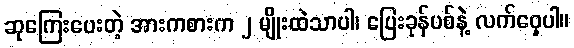
ဆုကြေးပေးတဲ့ အားကစားက ၂ မျိုးထဲသာပါ၊ ပြေးခုန်ပစ်နဲ့ လက်ဝှေ့ပါ။